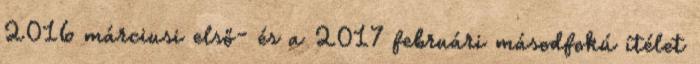
2016 márciusi első- és a 2017 februári másodfokú ítélet